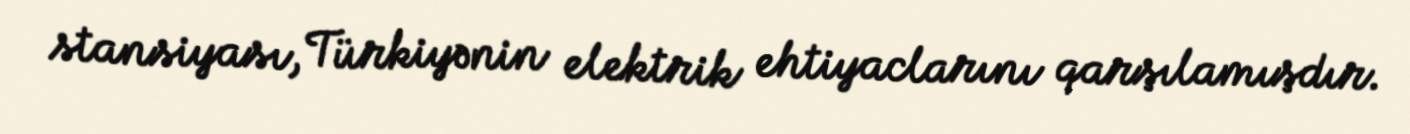
stansiyası, Türkiyənin elektrik ehtiyaclarını qarşılamışdır.